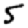
Digit: 5